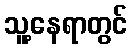
သူ့နေရာတွင်